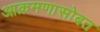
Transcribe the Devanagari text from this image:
आक्रमणासोबत